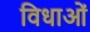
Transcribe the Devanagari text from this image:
विधाओं